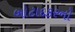
બોટાદકરનો